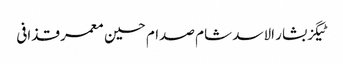
ٹیگزبشار الاسد شام صدام حسین معمر قذافی